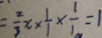
= \frac { 2 } { 3 } x + \frac { 1 } { 1 } \times \frac { 1 } { 1 } = 1